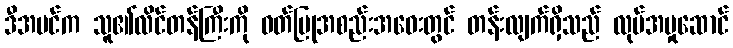
ဒီအပင်က သူ၏လိင်တန်ကြီးကို ဝတ်ပြုအစည်းအဝေးတွင် တန်းလျက်ရှိသည် လုပ်အမှုဆောင်